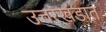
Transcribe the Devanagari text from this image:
उत्तरखंडात